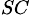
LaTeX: _{SC}